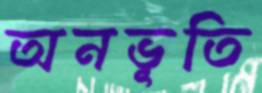
অনভূতি